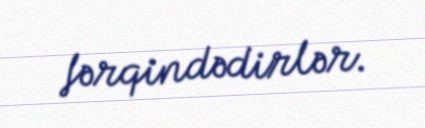
fərqindədirlər.